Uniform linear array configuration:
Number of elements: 24
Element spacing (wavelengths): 0.75
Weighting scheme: hann
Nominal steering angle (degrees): -60
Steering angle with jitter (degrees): -61.291
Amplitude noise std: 0.05
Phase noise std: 0.05

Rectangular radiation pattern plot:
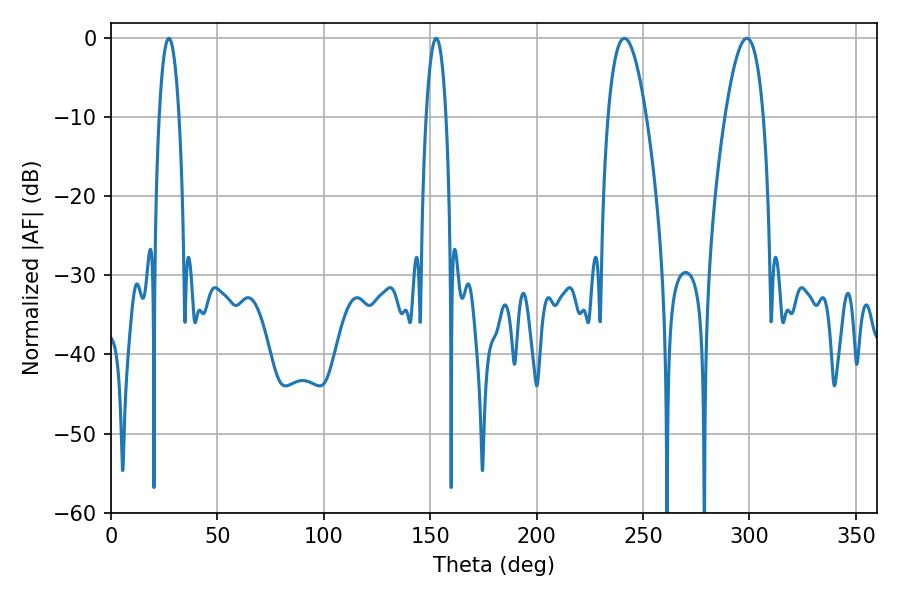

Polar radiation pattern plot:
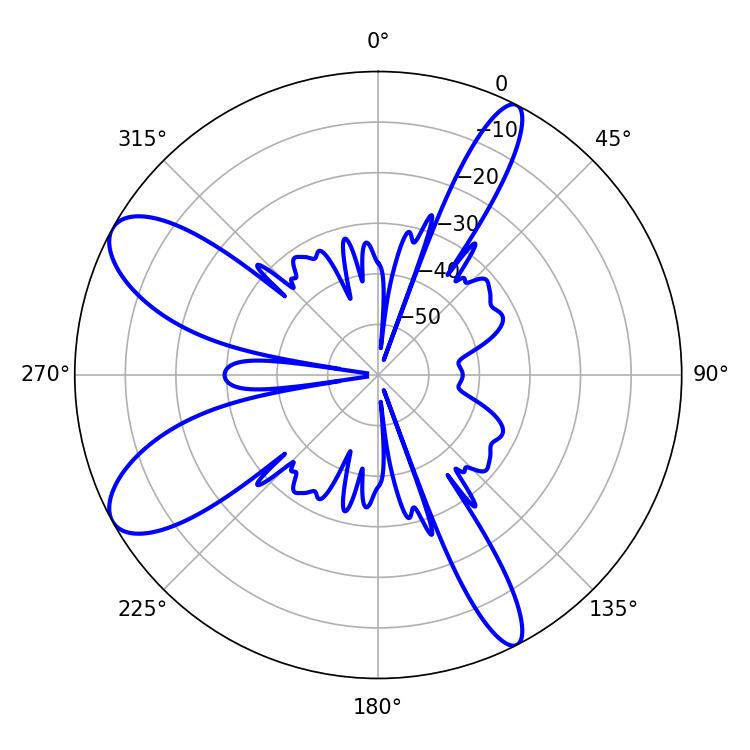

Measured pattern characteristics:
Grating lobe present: TRUE
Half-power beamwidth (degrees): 5.22
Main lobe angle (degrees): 27.18